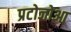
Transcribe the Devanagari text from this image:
प्रटोजोआ